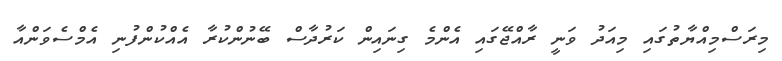
މިރަސްމިއްޔާތުގައި މިއަދު ވަނީ ރާއްޖޭގައި އެންމެ ގިނައިން ކަރުދާސް ބޭނުންކުރާ އެއްކުންފުނި އެމްސެވަންއާ